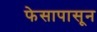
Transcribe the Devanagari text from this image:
फेसापासून